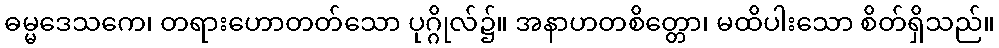
ဓမ္မဒေသကေ၊ တရားဟောတတ်သော ပုဂ္ဂိုလ်၌။ အနာဟတစိတ္တော၊ မထိပါးသော စိတ်ရှိသည်။